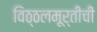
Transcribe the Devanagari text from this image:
विठ्ठलमूर्तीची